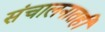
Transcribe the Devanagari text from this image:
संचालनातही